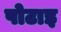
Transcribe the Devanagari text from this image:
पोटाइ